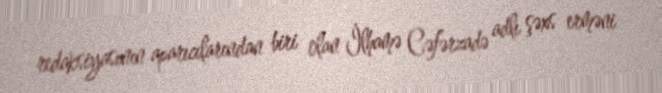
redaksiyasının aparıcılarından biri olan İlhamə Cəfərzadə adlı şəxs erməni